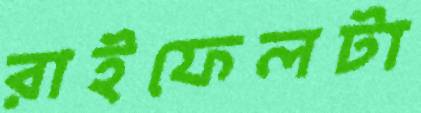
রাইফেলটা